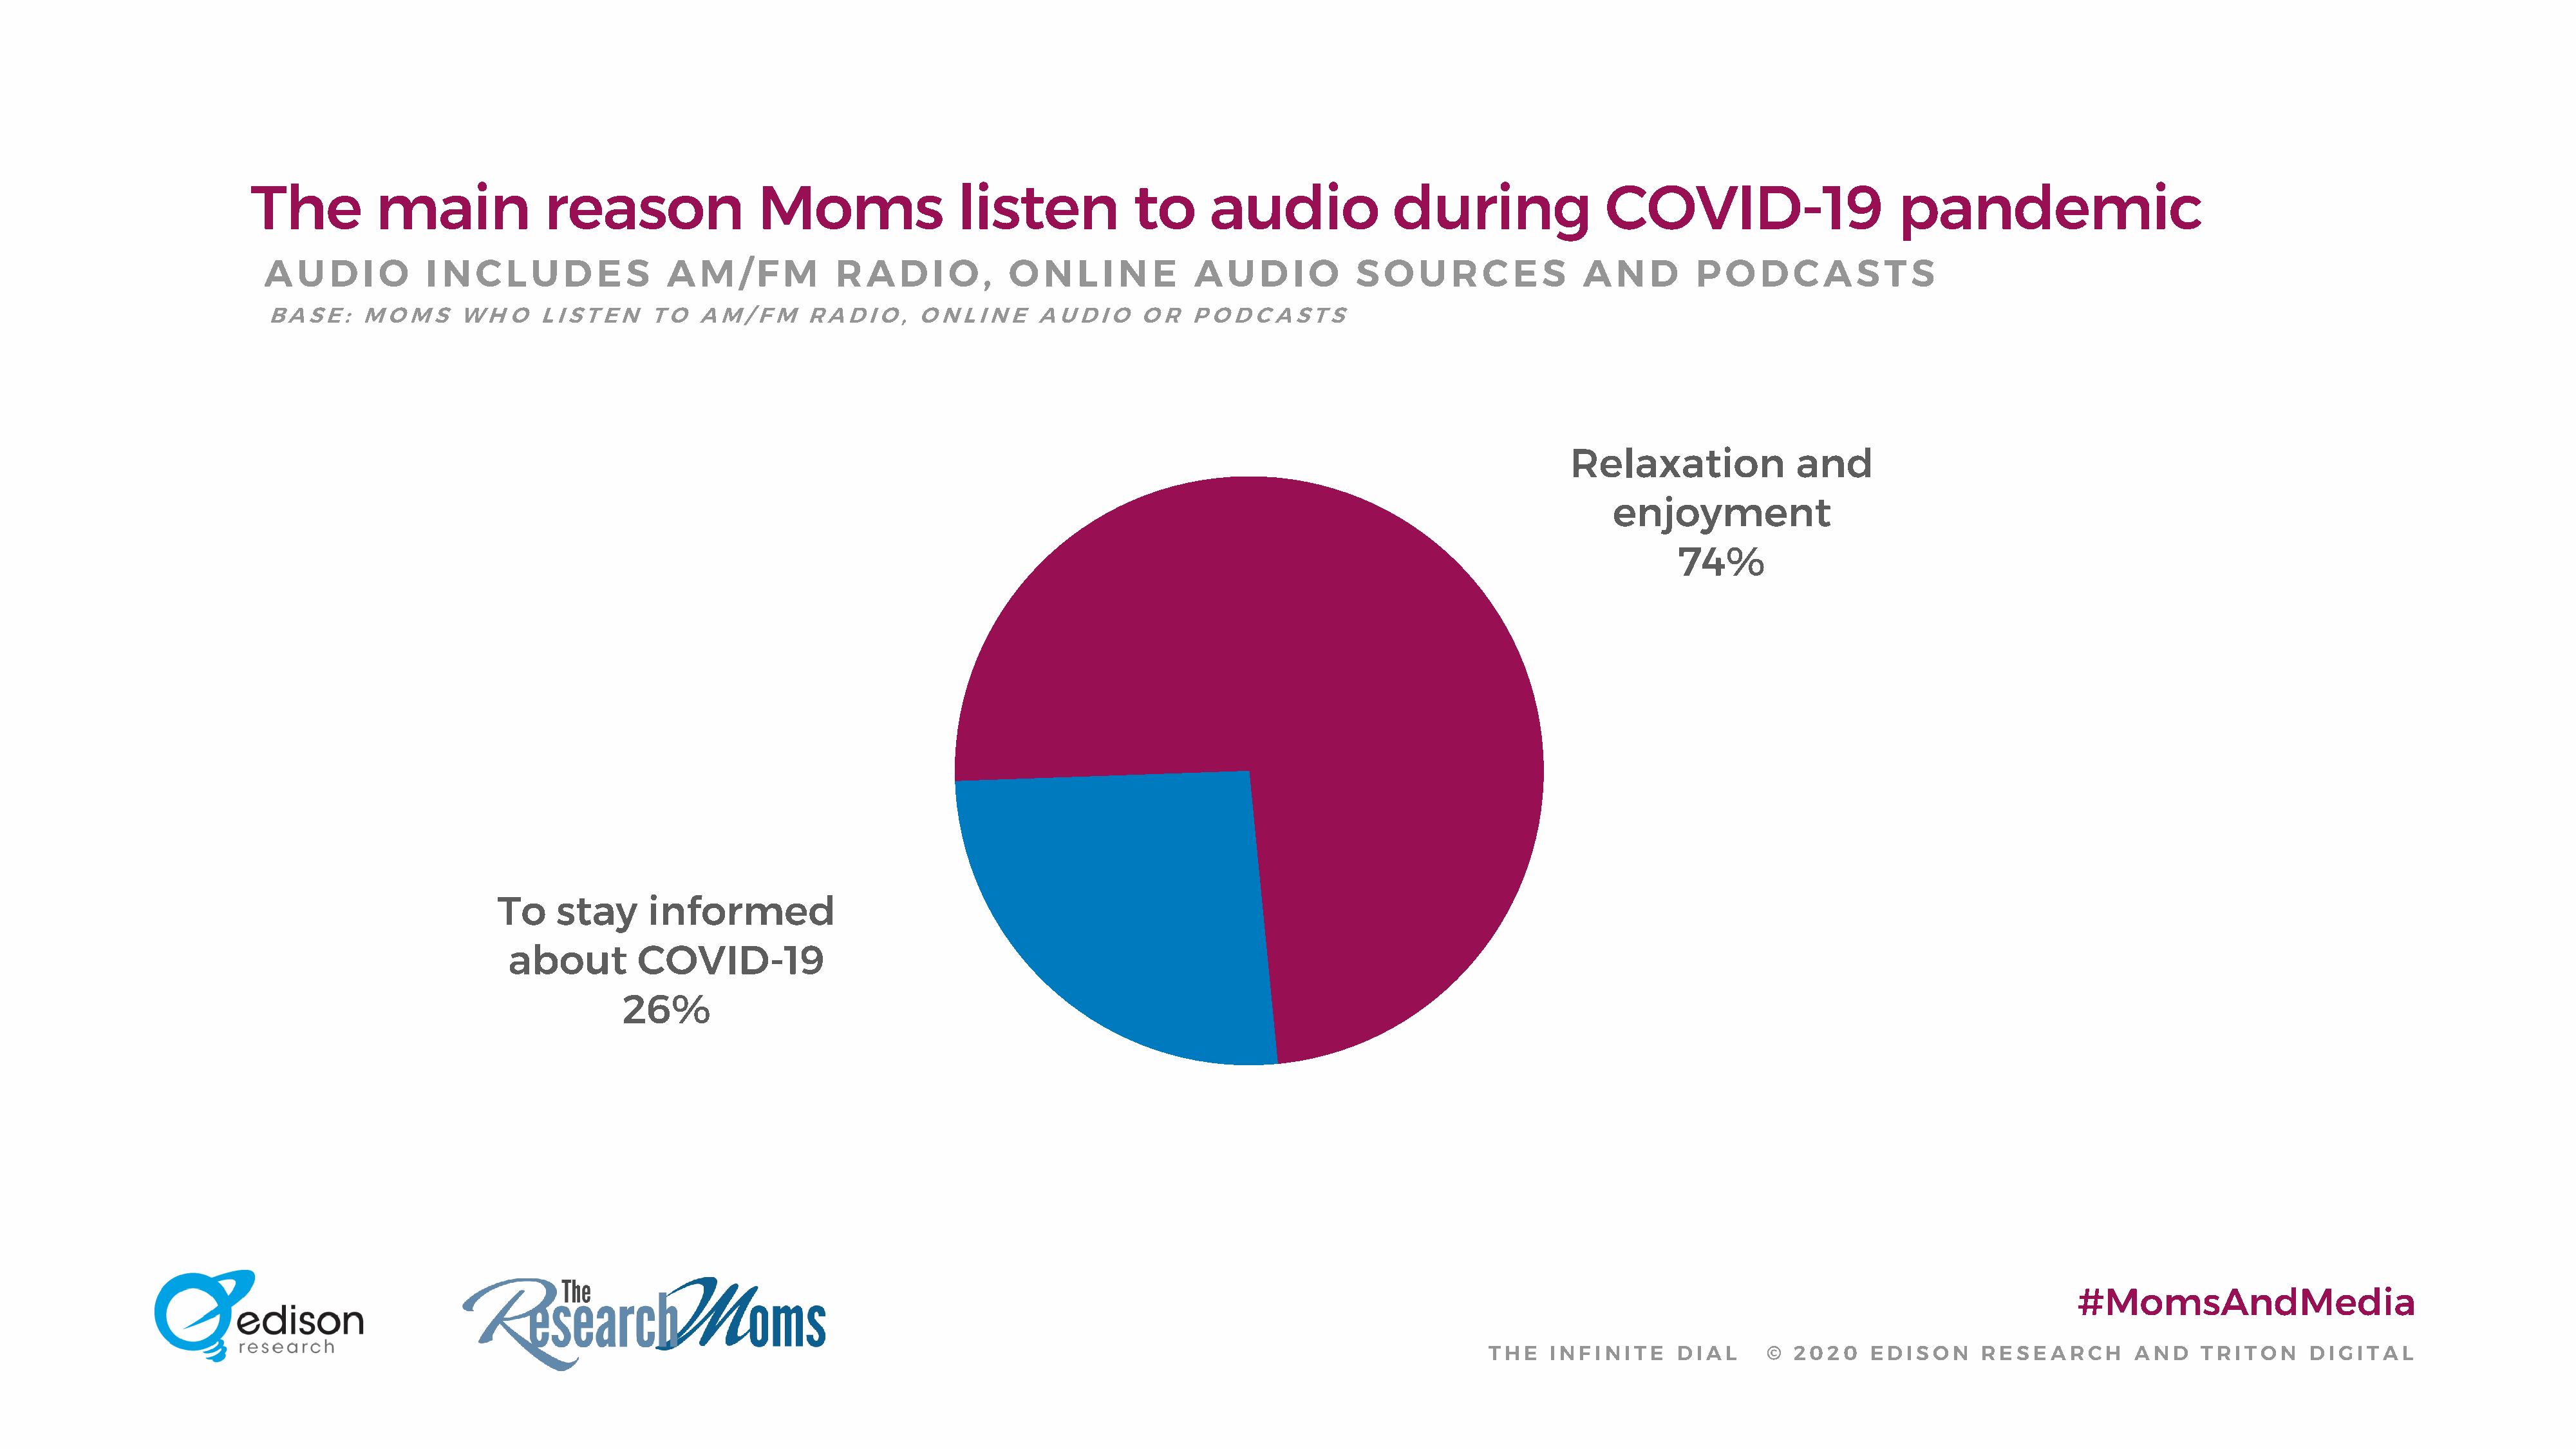
The          main             reason                Moms                listen             to     audio              during                COVID-19                      pandemic
 A   U  D  I O    I N  C  L  U  D  E  S    A  M   / F M     R  A  D   I O  ,  O  N   L I N  E    A  U  D   I O   S  O   U  R  C   E  S   A  N   D   P  O   D  C  A   S  T S
 BASE:     MOMS      WHO     LISTEN      TO   AM/FM      RADIO,     ONLINE       AUDIO     OR   PODCASTS
 Relaxation              and
 enjoyment
 74%
 To    stay      informed
 about         COVID-19
 26%
 #MomsAndMedia
 THE   INFINITE     DIAL      © 2020    EDISON      RESEARCH       AND    TRITON     DIGITAL